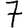
Digit: 7